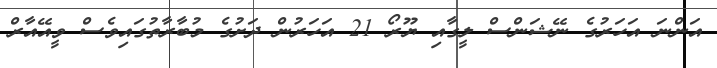
އަންނަ އަހަރުގެ ނޭޝަންސް ލީގާއި ޔޫރޯ 21 އަހަރުން ދަށުގެ މުބާރާތުގައިވެސް ވީއޭއާރް